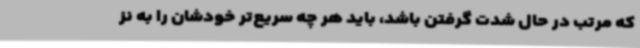
که مرتب در حال شدت گرفتن باشد، باید هر چه سریع‌تر خودشان را به نز